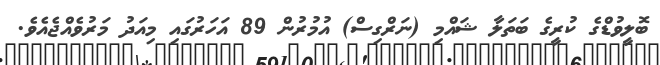
ބޮލީވުޑްގެ ކުރީގެ ބަތަލާ ޝައްމި (ނަރްގިސް) އުމުރުން 89 އަހަރުގައި މިއަދު މަރުވެއްޖެއެވެ.